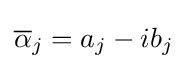
{\overline {\alpha }}_{j}=a_{j}-ib_{j}